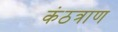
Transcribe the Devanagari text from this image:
कंठत्राण